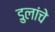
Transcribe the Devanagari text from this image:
डुलांचे